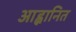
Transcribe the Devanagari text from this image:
आह्वानित